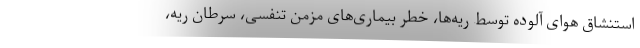
استنشاق هوای آلوده توسط ریه‌ها، خطر بیماری‌های مزمن تنفسی، سرطان ریه،